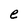
Character: e